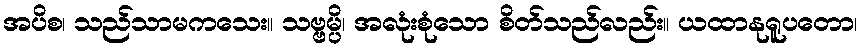
အပိစ၊ သည်သာမကသေး။ သဗ္ဗမ္ပိ၊ အလုံးစုံသော စိတ်သည်လည်း။ ယထာနုရူပတော၊